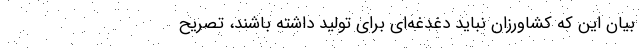
بیان این که کشاورزان نباید دغدغه‌ای برای تولید داشته باشند، تصریح